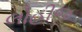
લોહીજ